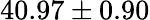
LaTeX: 40.97\pm 0.90